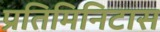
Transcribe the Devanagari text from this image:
प्रतिमिनिटास